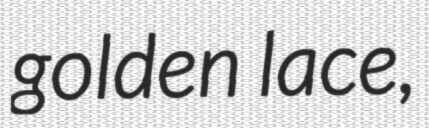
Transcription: golden lace,